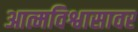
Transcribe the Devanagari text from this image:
आत्मविश्वासावर